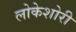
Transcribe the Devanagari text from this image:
लोकेशोरी